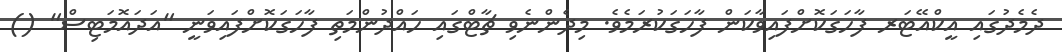
ދެމެދުގައި އީކްއޭޓަރ ފާހަގަކޮށްފައިވާކަން ފާހަގަކުރަމެވެ. މިދެންނެވި ޗާޓްގައި ހައްދުންމަތި ފާހަގަކޮށްފައިވަނީ "އަދައޮމަޓިސް" ()